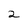
Character: 2